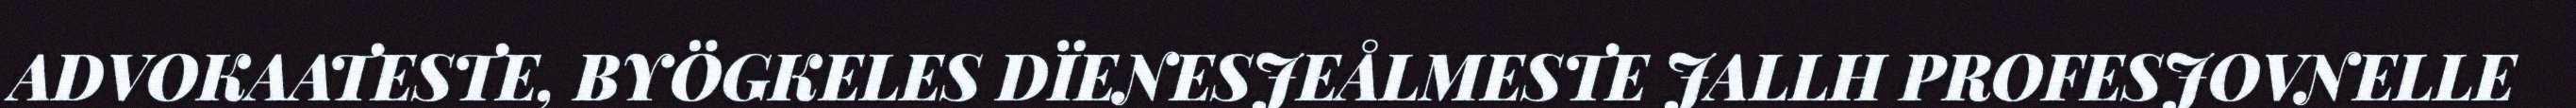
ADVOKAATESTE, BYÖGKELES DÏENESJEÅLMESTE JALLH PROFESJOVNELLE